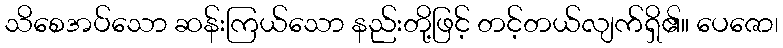
သိစေအပ်သော ဆန်းကြယ်သော နည်းတို့ဖြင့် တင့်တယ်လျက်ရှိ၏။ ပေဇော၊